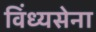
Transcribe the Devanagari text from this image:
विंध्यसेना